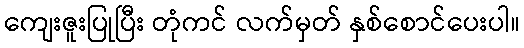
ကျေးဇူးပြုပြီး တုံကင် လက်မှတ် နှစ်စောင်ပေးပါ။